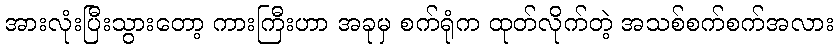
အားလုံးပြီးသွားတော့ ကားကြီးဟာ အခုမှ စက်ရုံက ထုတ်လိုက်တဲ့ အသစ်စက်စက်အလား